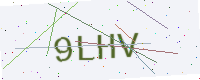
Text: 9LHV